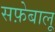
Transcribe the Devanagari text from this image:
सफ़ेबालू